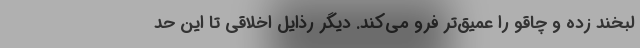
لبخند زده و چاقو را عمیق‌تر فرو می‌کند. دیگر رذایل اخلاقی تا این حد